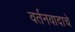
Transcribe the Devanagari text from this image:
वर्तनवादाचे